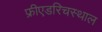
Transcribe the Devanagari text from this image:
फ्रीएडरिचस्थाल